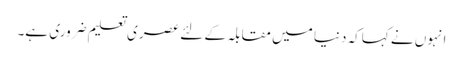
انہوں نے کہاکہ دنیا میں مقابلہ کے لئے عصری تعلیم ضروری ہے۔